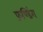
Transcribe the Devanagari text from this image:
फ़ण्डिंग